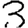
Digit: 3